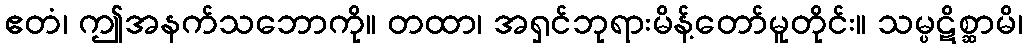
ဧတံ၊ ဤအနက်သဘောကို။ တထာ၊ အရှင်ဘုရားမိန့်တော်မူတိုင်း။ သမ္ပဋိစ္ဆာမိ၊